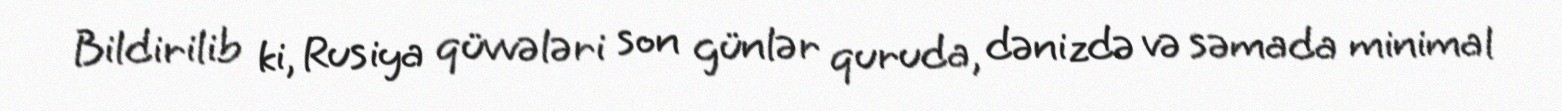
Bildirilib ki, Rusiya qüvvələri son günlər quruda, dənizdə və səmada minimal